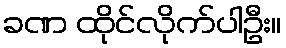
ခဏ ထိုင်လိုက်ပါဦး။